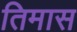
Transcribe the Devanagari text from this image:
तिमास